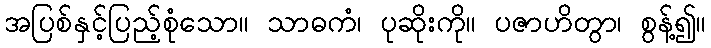
အပြစ်နှင့်ပြည့်စုံသော။ သာဓကံ၊ ပုဆိုးကို။ ပဇာဟိတွာ၊ စွန့်၍။